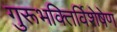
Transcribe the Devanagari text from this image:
गुरूभक्तिर्विशेषेण